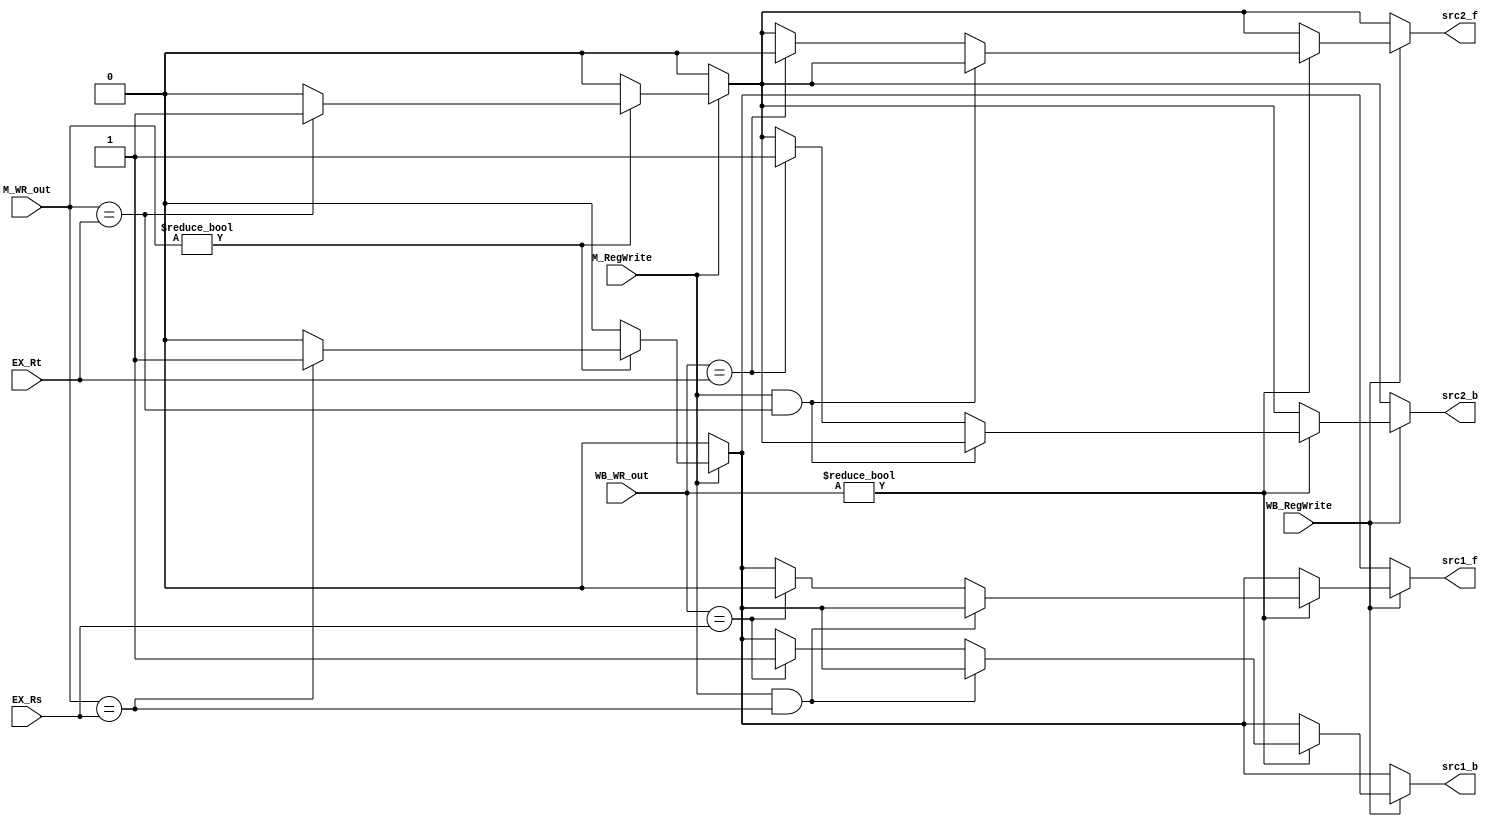
// Forwarding Unit

module FU ( // input 
			EX_Rs,
            		EX_Rt,
			M_RegWrite,
			M_WR_out,
			WB_RegWrite,
			WB_WR_out,
			// output
			src1_f,
			src1_b,
			src2_f,
			src2_b
			);

	input [4:0] EX_Rs;
    	input [4:0] EX_Rt;
    	input M_RegWrite;
    	input [4:0] M_WR_out;
    	input WB_RegWrite;
    	input [4:0] WB_WR_out;

	output src1_f;
	output src1_b;
	output src2_f;
	output src2_b;
	
	reg src1_f;
	reg src1_b;
	reg src2_f;
	reg src2_b;
	
	always @(*) begin
		src1_f = 0;
		src1_b = 0;
		src2_f = 0;
		src2_b = 0;

		if(M_RegWrite)
		begin
			if(M_WR_out != 0)
			begin
				if(M_WR_out == EX_Rs)
				begin
					src1_f = 1;
					src1_b = 1;
				end
				
				if(M_WR_out == EX_Rt)
				begin
					src2_f = 1;
					src2_b = 1;
				end
			end
		end

		if(WB_RegWrite)
		begin
			if(WB_WR_out != 0)
			begin
				if(!(M_RegWrite && M_WR_out == EX_Rs))
				begin
					if(WB_WR_out == EX_Rs)
					begin
						src1_f = 0;
						src1_b = 1;
					end
				end

				if(!(M_RegWrite && M_WR_out == EX_Rt))
				begin
				
					if(WB_WR_out == EX_Rt)
					begin
						src2_f = 0;
						src2_b = 1;
					end
				end
			end
		end
	end
	
endmodule